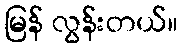
မြန် လွန်းတယ်။